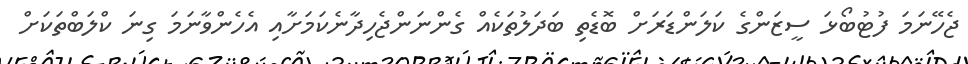
ޖެހޭނަމަ ފުޓުބޯޅަ ސީޒަންގެ ކަލަންޑަރަށް ބޮޑެތި ބަދަލުތަކެއް ގެންނަންޖެހިދާނެކަމަށާއި އެހެންވާނަމަ ގިނަ ކްލަބްތަކަށް